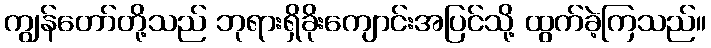
ကျွန်တော်တို့သည် ဘုရားရှိခိုးကျောင်းအပြင်သို့ ထွက်ခဲ့ကြသည်။